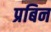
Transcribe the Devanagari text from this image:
प्रबिन